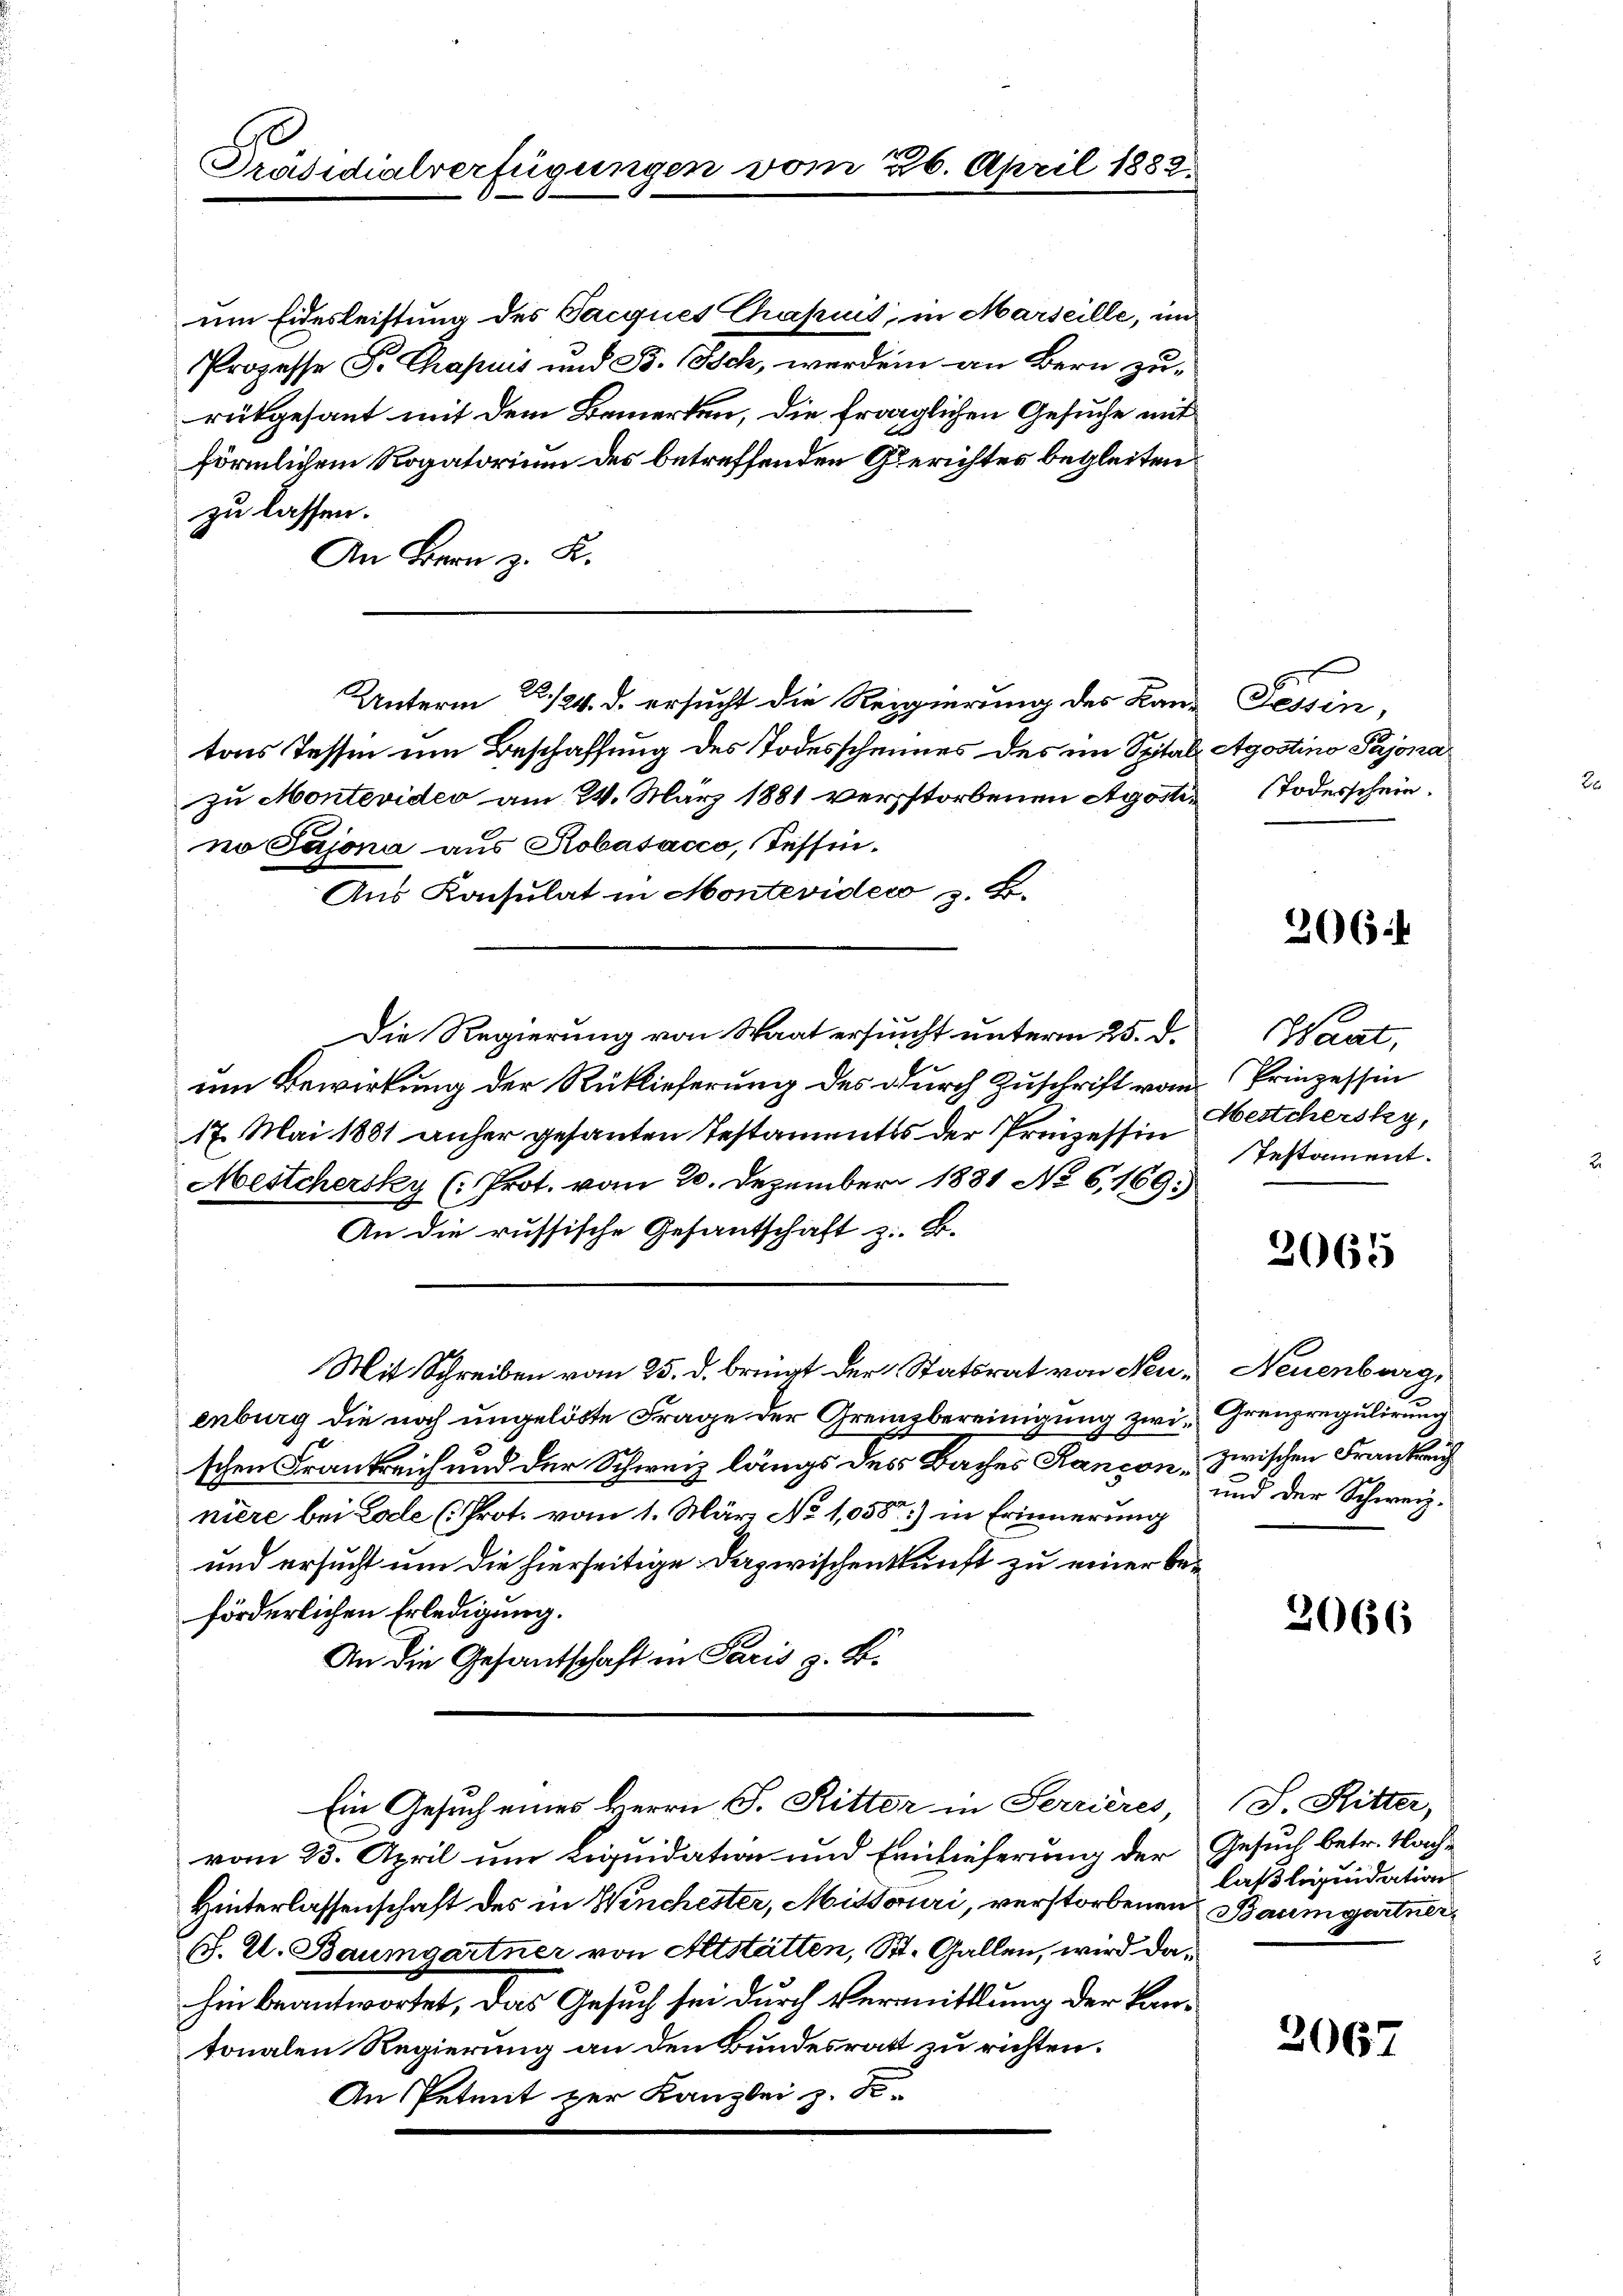
Präsidialverfügungen vom 26. April 1882.

um Eidesleistung des Tacques Chapnis, in Marseille, in
Prozesse Sr. Chapuis und Bs. (sch, werden an Bern zurükgesant mit dem Bemerken, die fraglichen Gesuche mit
förmlichem Rogatorium des betreffenden Gerichtes begleiten
zu lassen.
An Bern z. K.
tons Tessen um Beschaffung des Todesscheines des im Spital Agostino Pajonazu Montevideo am 24. März 1881 verstorbenen Agosti- Todesschein.
no Sajona aus Robasacco, Tessin.
Aus Konsulat in Monteviders z. B.
Die Regierung von Staat ersucht unterm 25. d.
um Bewirkung der Rücklieferung des durch Zuschrift vom
17. Mai 1881 anher gesanten Testamentes der Prozessin Hestchersky,
Aestehersky (Prot. vom 20. Dezember 1881 No 6169.
An die russische Gesantschaft z. B.
Mit Schreiben vom 25. d. bringt der Statsrat von Neu- Neuenburge
enburg die noch ungelöste Frage der Grenzbereinigung zwi Grenzregulirung
schen Frankreich und der Schweiz längs des Baches Ranson zwischen Frankeng
niere bei Tode (Prot. vom 1. März No 1,058) in Erinnerung
und ersucht um die hierseitige Dazwischenkunft zu einer beförderlichen Erledigung.
An die Gesandtschaft in Paris z. B.
Ein Gesuch eines Herrn P. Ritter in Terrières,
vom 23. April um Liquidation und Ernlieferung der Gesuch betr. Nach¬
Hinterlassenschaft des in Winchester, Missouri, verstorbenen Baumgartners. Zt. Baumgartner von Altstätten, St. Gallen, wird dahin beantwortet, das Gesuch sei durch Vermittlung der Kantonalen Regierung an den Bundesrath zu richten.
An Petent zur Kanzlei z. S.

Unterm 22./24. d. ersucht die Regierung des Land Tessin,

266:

Haat,
Prinzessin
Testament.

2065

und der Schweiz.

2066

J. Ritter,
laßliquidation

2067